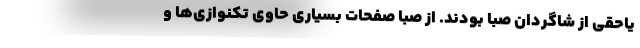
یاحقی از شاگردان صبا بودند. از صبا صفحات بسیاری حاوی تکنوازی‌ها و